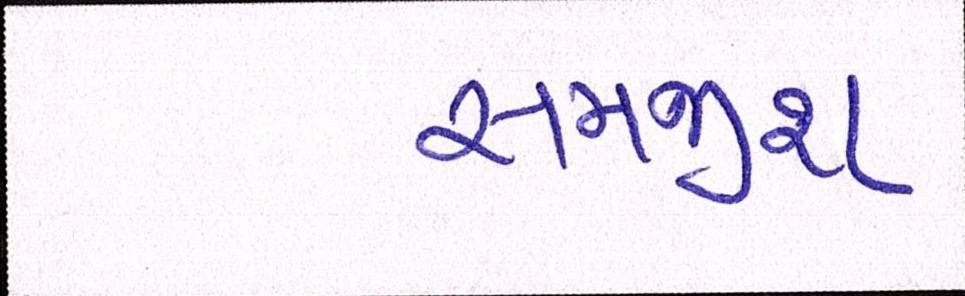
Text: સમજીશ